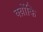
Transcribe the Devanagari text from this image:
क्य़ोंकि